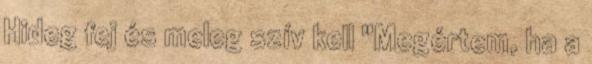
Hideg fej és meleg szív kell "Megértem, ha a